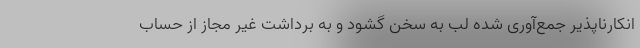
انکارناپذیر جمع‌آوری شده لب به سخن گشود و به برداشت غیر مجاز از حساب